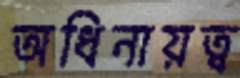
অধিনায়ত্ব